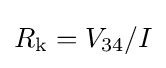
R_{\text{k}}=V_{34}/I